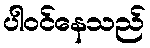
ပါဝင်နေသည်